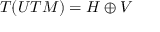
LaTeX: T ( U T M ) = H \oplus V